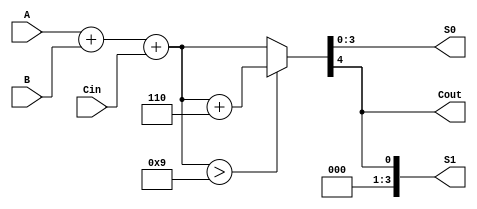
module BCD_Redundant_Binary_Adder (
    input [3:0] A,      // BCD input A
    input [3:0] B,      // BCD input B
    input Cin,          // Carry-in
    output reg [3:0] S0, // Lower BCD digit output
    output reg [3:0] S1, // Higher BCD digit output
    output reg Cout      // Carry-out
);

    wire [4:0] sum;      // 5-bit sum to accommodate carry
    wire [4:0] corrected_sum; // Corrected sum after BCD adjustment

    // Stage 1: Binary Addition
    assign sum = A + B + Cin;

    // Stage 2: BCD Correction Logic
    always @(*) begin
        // Initialize outputs
        S0 = 4'b0000;
        S1 = 4'b0000;
        Cout = 1'b0;

        // Check if the sum exceeds 9 (1001 in binary)
        if (sum > 9) begin
            corrected_sum = sum + 5'b00110; // Add 6 (0110 in binary)
        end else begin
            corrected_sum = sum;
        end

        // Assign the lower and higher BCD digits
        S0 = corrected_sum[3:0]; // Lower 4 bits
        S1 = corrected_sum[4];    // Higher bit (carry out)
        Cout = corrected_sum[4];  // Carry out if higher than 9
    end

endmodule